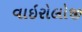
વાઇરોલોજી